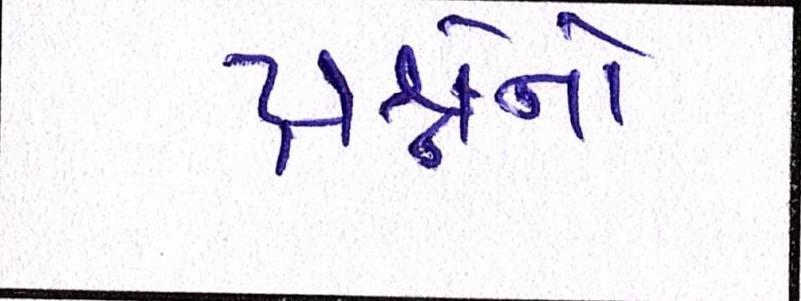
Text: પ્રશ્નોનો